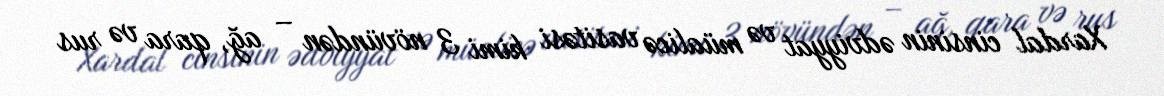
Xardal cinsinin ədviyyat və müalicə vasitəsi kimi 3 növündən – ağ, qara və rus